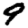
Digit: 9